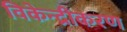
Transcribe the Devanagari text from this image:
विकेन्‍द्रीकरण